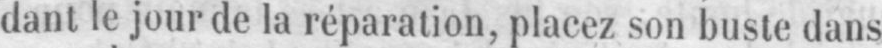
dant le jour de la réparation, placez son buste dans